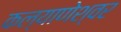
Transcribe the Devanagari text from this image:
कल्याणेश्वर